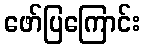
ဖော်ပြကြောင်း